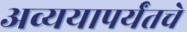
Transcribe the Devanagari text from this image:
अव्ययापर्यंतचे